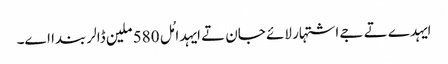
ایہدے تے جے اشتہار لائے جان تے ایہدا مُل 580 ملین ڈالر بندا اے۔